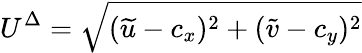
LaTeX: U^{\Delta}=\sqrt{(\widetilde{u}-c_{x})^{2}+(\widetilde{v}-c_{y})^{2}}